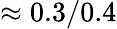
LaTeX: \approx 0.3/0.4